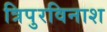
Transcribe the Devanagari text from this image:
त्रिपुरविनाश